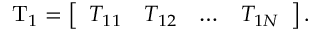
\mathrm { T } _ { 1 } = \left[ \begin{array} { l l l l } { T _ { 1 1 } } & { T _ { 1 2 } } & { \dots } & { T _ { 1 N } } \end{array} \right] .